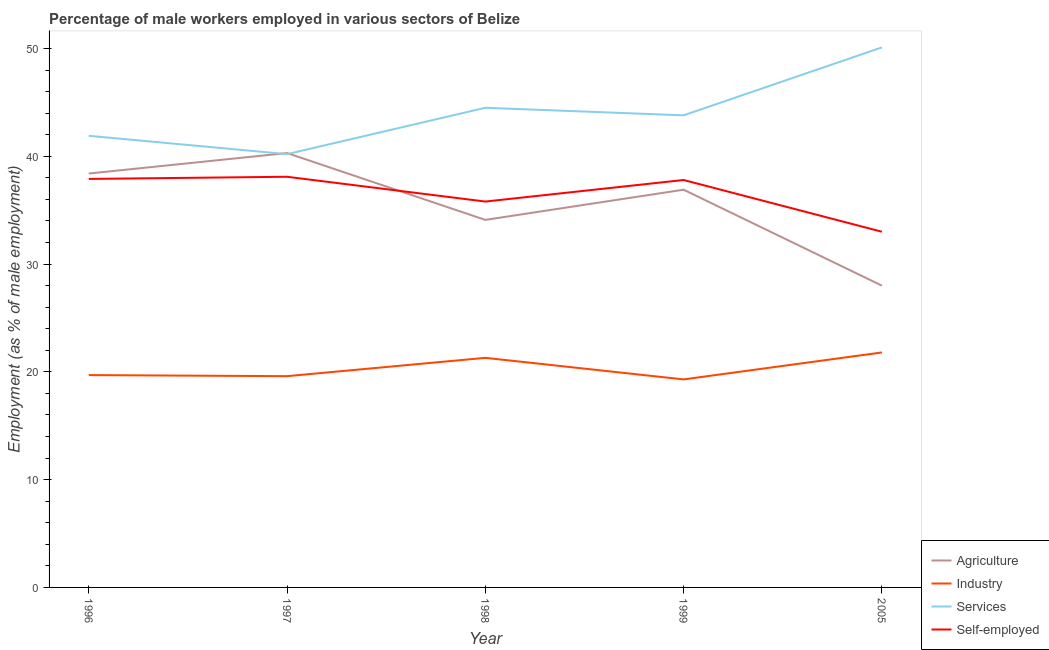
| Year | Agriculture | Industry | Services | Self-employed |
 | --- | --- | --- | --- | --- |
 | 1996 | 38.4 | 19.7 | 41.9 | 37.9 |
 | 1997 | 40.3 | 19.6 | 40.2 | 38.1 |
 | 1998 | 34.1 | 21.3 | 44.5 | 35.8 |
 | 1999 | 36.9 | 19.3 | 43.8 | 37.8 |
 | 2005 | 28 | 21.8 | 50.1 | 33 |